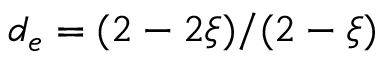
d _ { e } = ( 2 - 2 \xi ) / ( 2 - \xi )